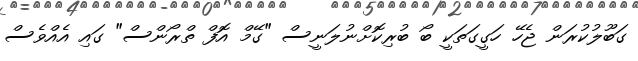
ގަބޫލުކުރަން ޖެހޭ ހަގީގަތަކީ ބޯ ބުރިކޮށްނުލަނީސް "ގޭމް އޮފް ތްރޯންސް" ގައި އެއްވެސް